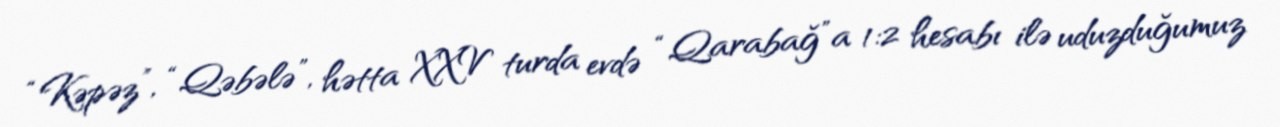
“Kəpəz”, “Qəbələ”, hətta XXV turda evdə “Qarabağ”a 1:2 hesabı ilə uduzduğumuz